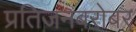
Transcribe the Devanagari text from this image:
प्रतिजनबरोबर